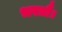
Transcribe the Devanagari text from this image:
भरतौ।